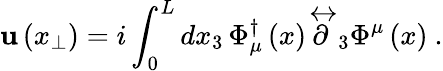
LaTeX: \mathbf{u}\left(x_{\perp}\right)=i\int_{0}^{L}dx_{3}\, \Phi_{\mu}^{\dagger}\left(x\right)\stackrel{\leftrightarrow}{\partial}_{3}\Phi^{\mu}\left(x\right)\ .